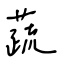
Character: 蔬